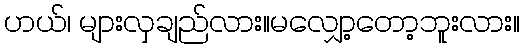
ဟယ်၊ များလှချည်လား။မလျှော့တော့ဘူးလား။